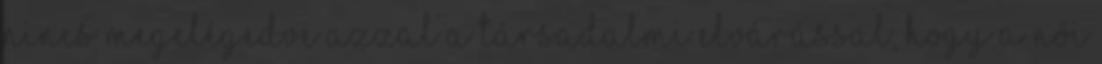
nincs megelégedve azzal a társadalmi elvárással, hogy a női